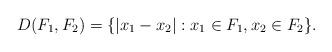
LaTeX: \begin{align*}D(F_1,F_2)=\{|x_1-x_2|: x_1\in F_1, x_2\in F_2\}.\end{align*}